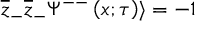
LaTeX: \overline { { { z } } } _ { - } \overline { { { z } } } _ { - } \Psi ^ { -- } \left( x ; \tau \right) \rangle = - 1